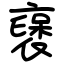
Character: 襃